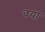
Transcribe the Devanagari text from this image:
वया